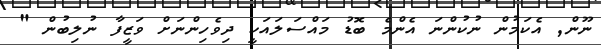
ނޫން